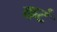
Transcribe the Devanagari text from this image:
कटं